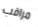
مراقب